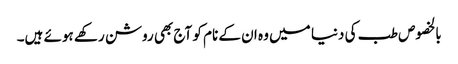
بالخصوص طب کی دنیا میں وہ ان کے نام کو آج بھی روشن رکھے ہوئے ہیں۔